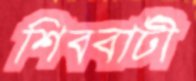
শিববাটী